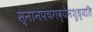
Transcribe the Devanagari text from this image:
स्नानंपंचगव्येनशुध्यति